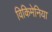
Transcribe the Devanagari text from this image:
विकिमेनिया